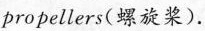
propellers(螺旋桨).